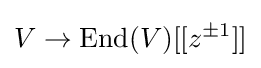
V\rightarrow \mathrm {End} (V)[[z^{\pm 1}]]